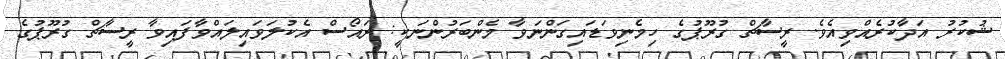
ޝުކުރު އަދާކުރެއްވިއެވެ. ރީސާޗް ގުރޫޕުގެ ހިމެނިވަޑައިގަންނަވާ މެންބަރުންނަކީ: ރައޯސް އެކުލަވައިލައްވާފައިވާ ރީސާޗް ގުރޫޕުގެ